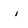
Character: i